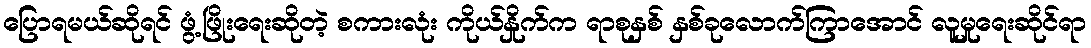
ပြောရမယ်ဆိုရင် ဖွံ့ဖြိုးရေးဆိုတဲ့ စကားလုံး ကိုယ်နှိုက်က ရာစုနှစ် နှစ်ခုလောက်ကြာအောင် လူမှုရေးဆိုင်ရာ